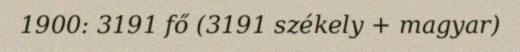
1900: 3191 fő (3191 székely + magyar)